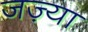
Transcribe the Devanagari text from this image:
जज़्या